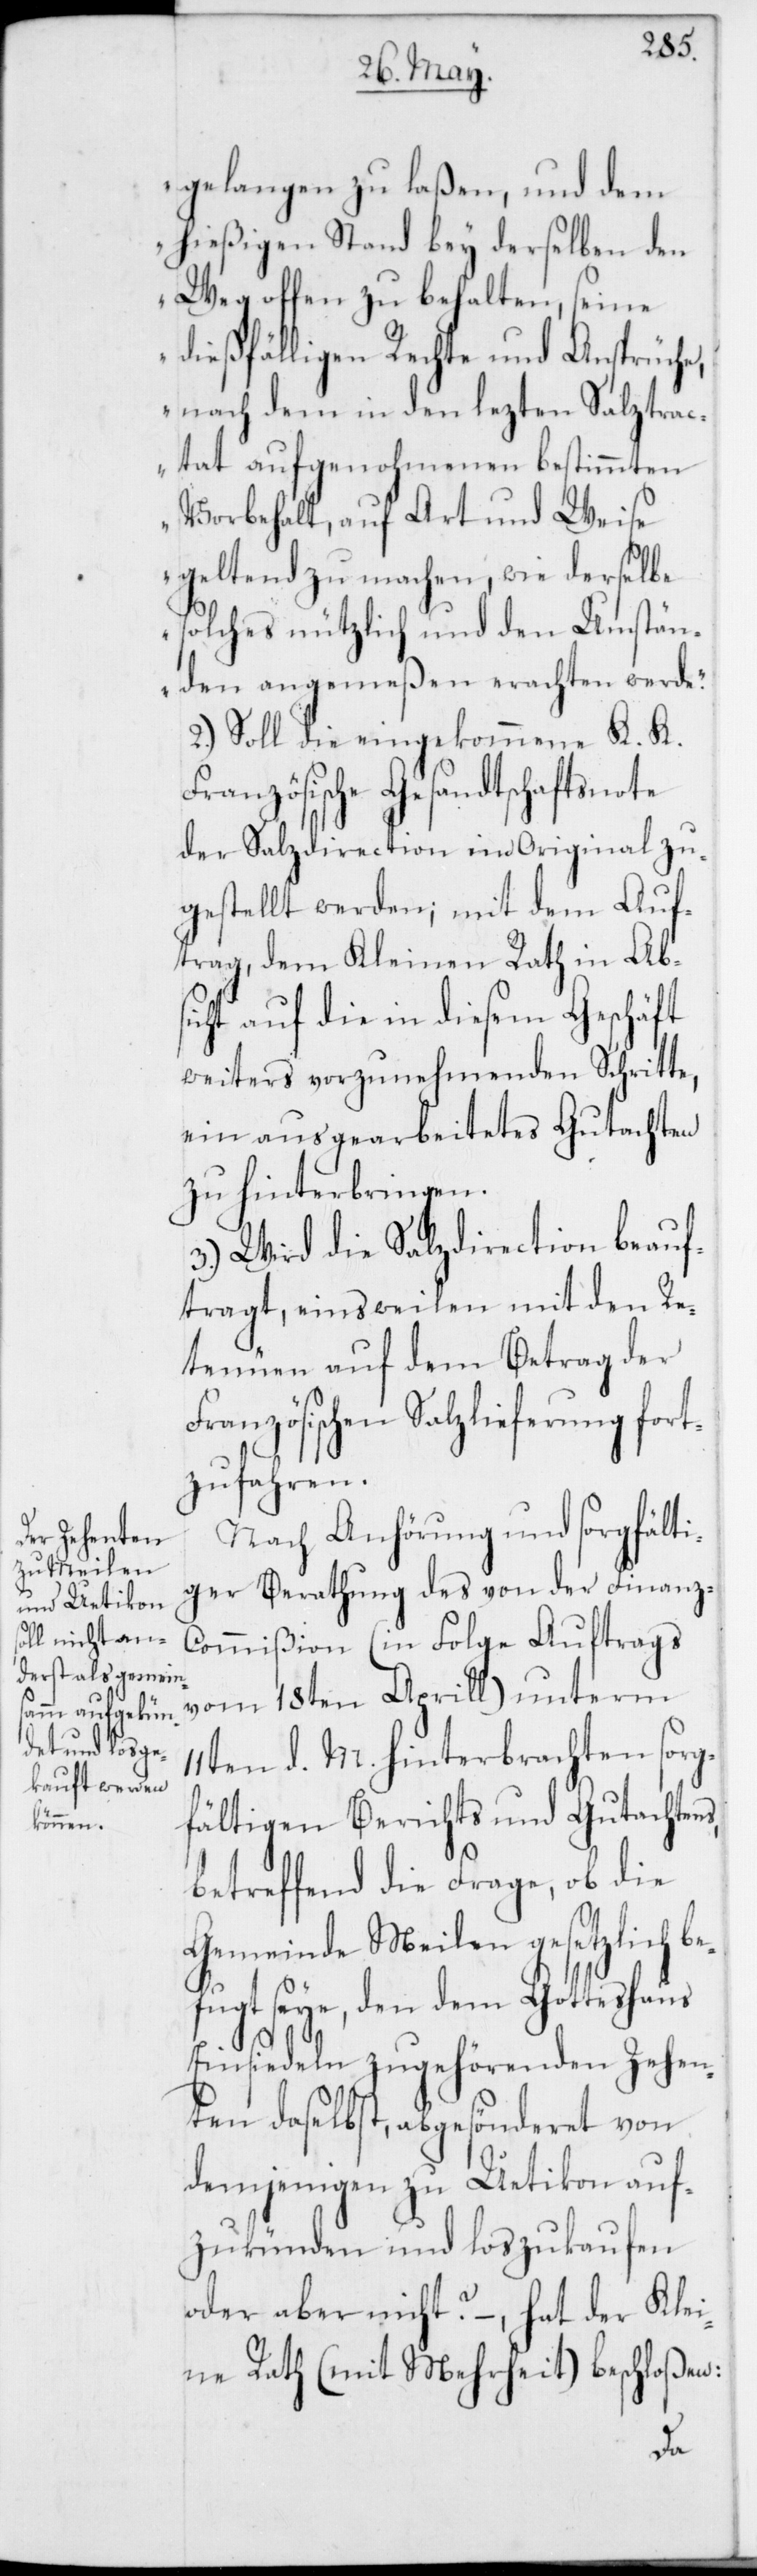
11t¬
gelangen zu laßen, und dem
hießigen Stand bey derselben den
Weg offen zu behalten, seine
dießfälligen Rechte und Ansprüche,
nach dem in den lezten Salztrac¬
tat aufgenohmenen bestimmten
Vorbehalt, auf Art und Weise
geltend zu machen, wie derselbe
solches nützlich und den Umstän¬
den angemeßen erachten werde.“
2.) Soll die eingekommene K. K.
Französische Gesandtschaftsnote
der Salzdirection im Original zu¬
gestellt werden; mit dem Auf¬
trag, dem Kleinen Rath in Abs¬
icht auf die in diesem Geschäft
weiters vorzunehmenden Schritte,
ein ausgearbeitetes Gutachten
zu hinterbringen.
3.) Wird die Salzdirection beauf¬
tragt, einstweilen mit den Re¬
tenüen auf dem Betrag der
Französischen Salzlieferung fort¬
zufahren.
Nach Anhörung und sorgfälti¬
ger Berathung des von der Finanz-C¬
ommißion (in Folge Auftrags
vom 18ten Aprill) unterm
en d. M. hinterbrachten sorg¬
fältigen Berichts und Gutachtens
betreffend die Frage, ob die
Gemeinde Meilen gesetzlich
fugt seye, den dem Gotteshaus
Einsiedeln zugehörenden Zehen¬
ten daselbst, abgesönderet von
demjenigen zu Uetikon auf¬
zukünden und loszukaufen
oder aber nicht? – hat der Klei¬
ne Rath (mit Mehrheit) beschloßen:
be¬